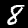
Digit: 8